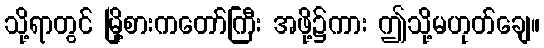
သို့ရာတွင် မြို့စားကတော်ကြီး အဖို့၌ကား ဤသို့မဟုတ်ချေ။